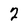
Character: 2